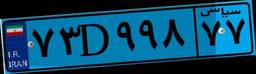
۷۳D۹۹۸۷۷